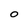
Character: O